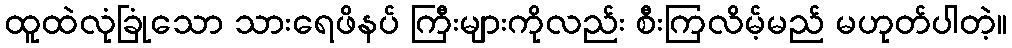
ထူထဲလုံခြုံသော သားရေဖိနပ် ကြီးများကိုလည်း စီးကြလိမ့်မည် မဟုတ်ပါတဲ့။